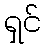
ရှင်